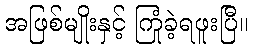
အဖြစ်မျိုးနှင့် ကြုံခဲ့ရဖူးပြီ။